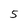
Character: 5